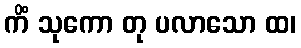
ကိံ သုကော တု ပလာသော ထ၊